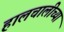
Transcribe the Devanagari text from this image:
हालचालीच्या